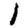
Digit: 1